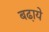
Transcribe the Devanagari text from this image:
बढा़ये